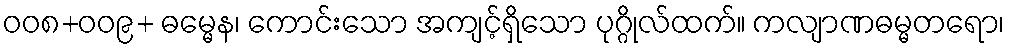
ဝဝ၈+ဝဝ၉+ ဓမ္မေန၊ ကောင်းသော အကျင့်ရှိသော ပုဂ္ဂိုလ်ထက်။ ကလျာဏဓမ္မတရော၊